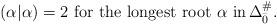
LaTeX: \begin{align*}(\alpha | \alpha) = 2 \mbox{ for the longest root } \alpha \,\, \mbox{in} \, \Delta^{\#}_{\bar{0}}.\end{align*}